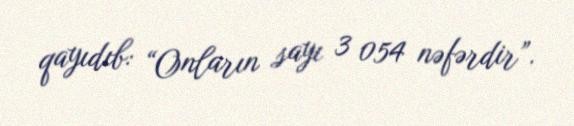
qayıdıb: “Onların sayı 3 054 nəfərdir”.